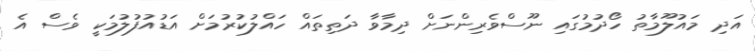
އަދި މައުލޫމާތު ހޯދުމުގައި ނޫސްވެރިންނަށް ދިމާވާ ދަތިތައް ހައްލުކުރުމަށް އަޑުއުފުލުމަކީ ވެސް އެ